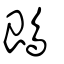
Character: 鵖